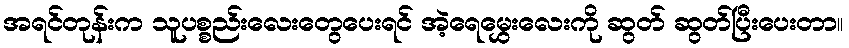
အရင်တုန်းက သူပစ္စည်းလေးတွေပေးရင် အဲ့ရေမွှေးလေးကို ဆွတ် ဆွတ်ပြီးပေးတာ။